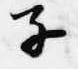
子